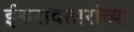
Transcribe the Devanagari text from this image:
ईश्वरावतारांच्या